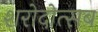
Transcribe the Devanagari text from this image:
शरोदोत्सब